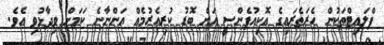
ފްލައިޓްތަކުން ހެރަތެރައިގެ އޮކިއުޕެންސީ އަށް ބޮޑު ކުރިއެރުމެއް އަންނާނެ ކަމަށް ވިދާޅުވި އެވެ.